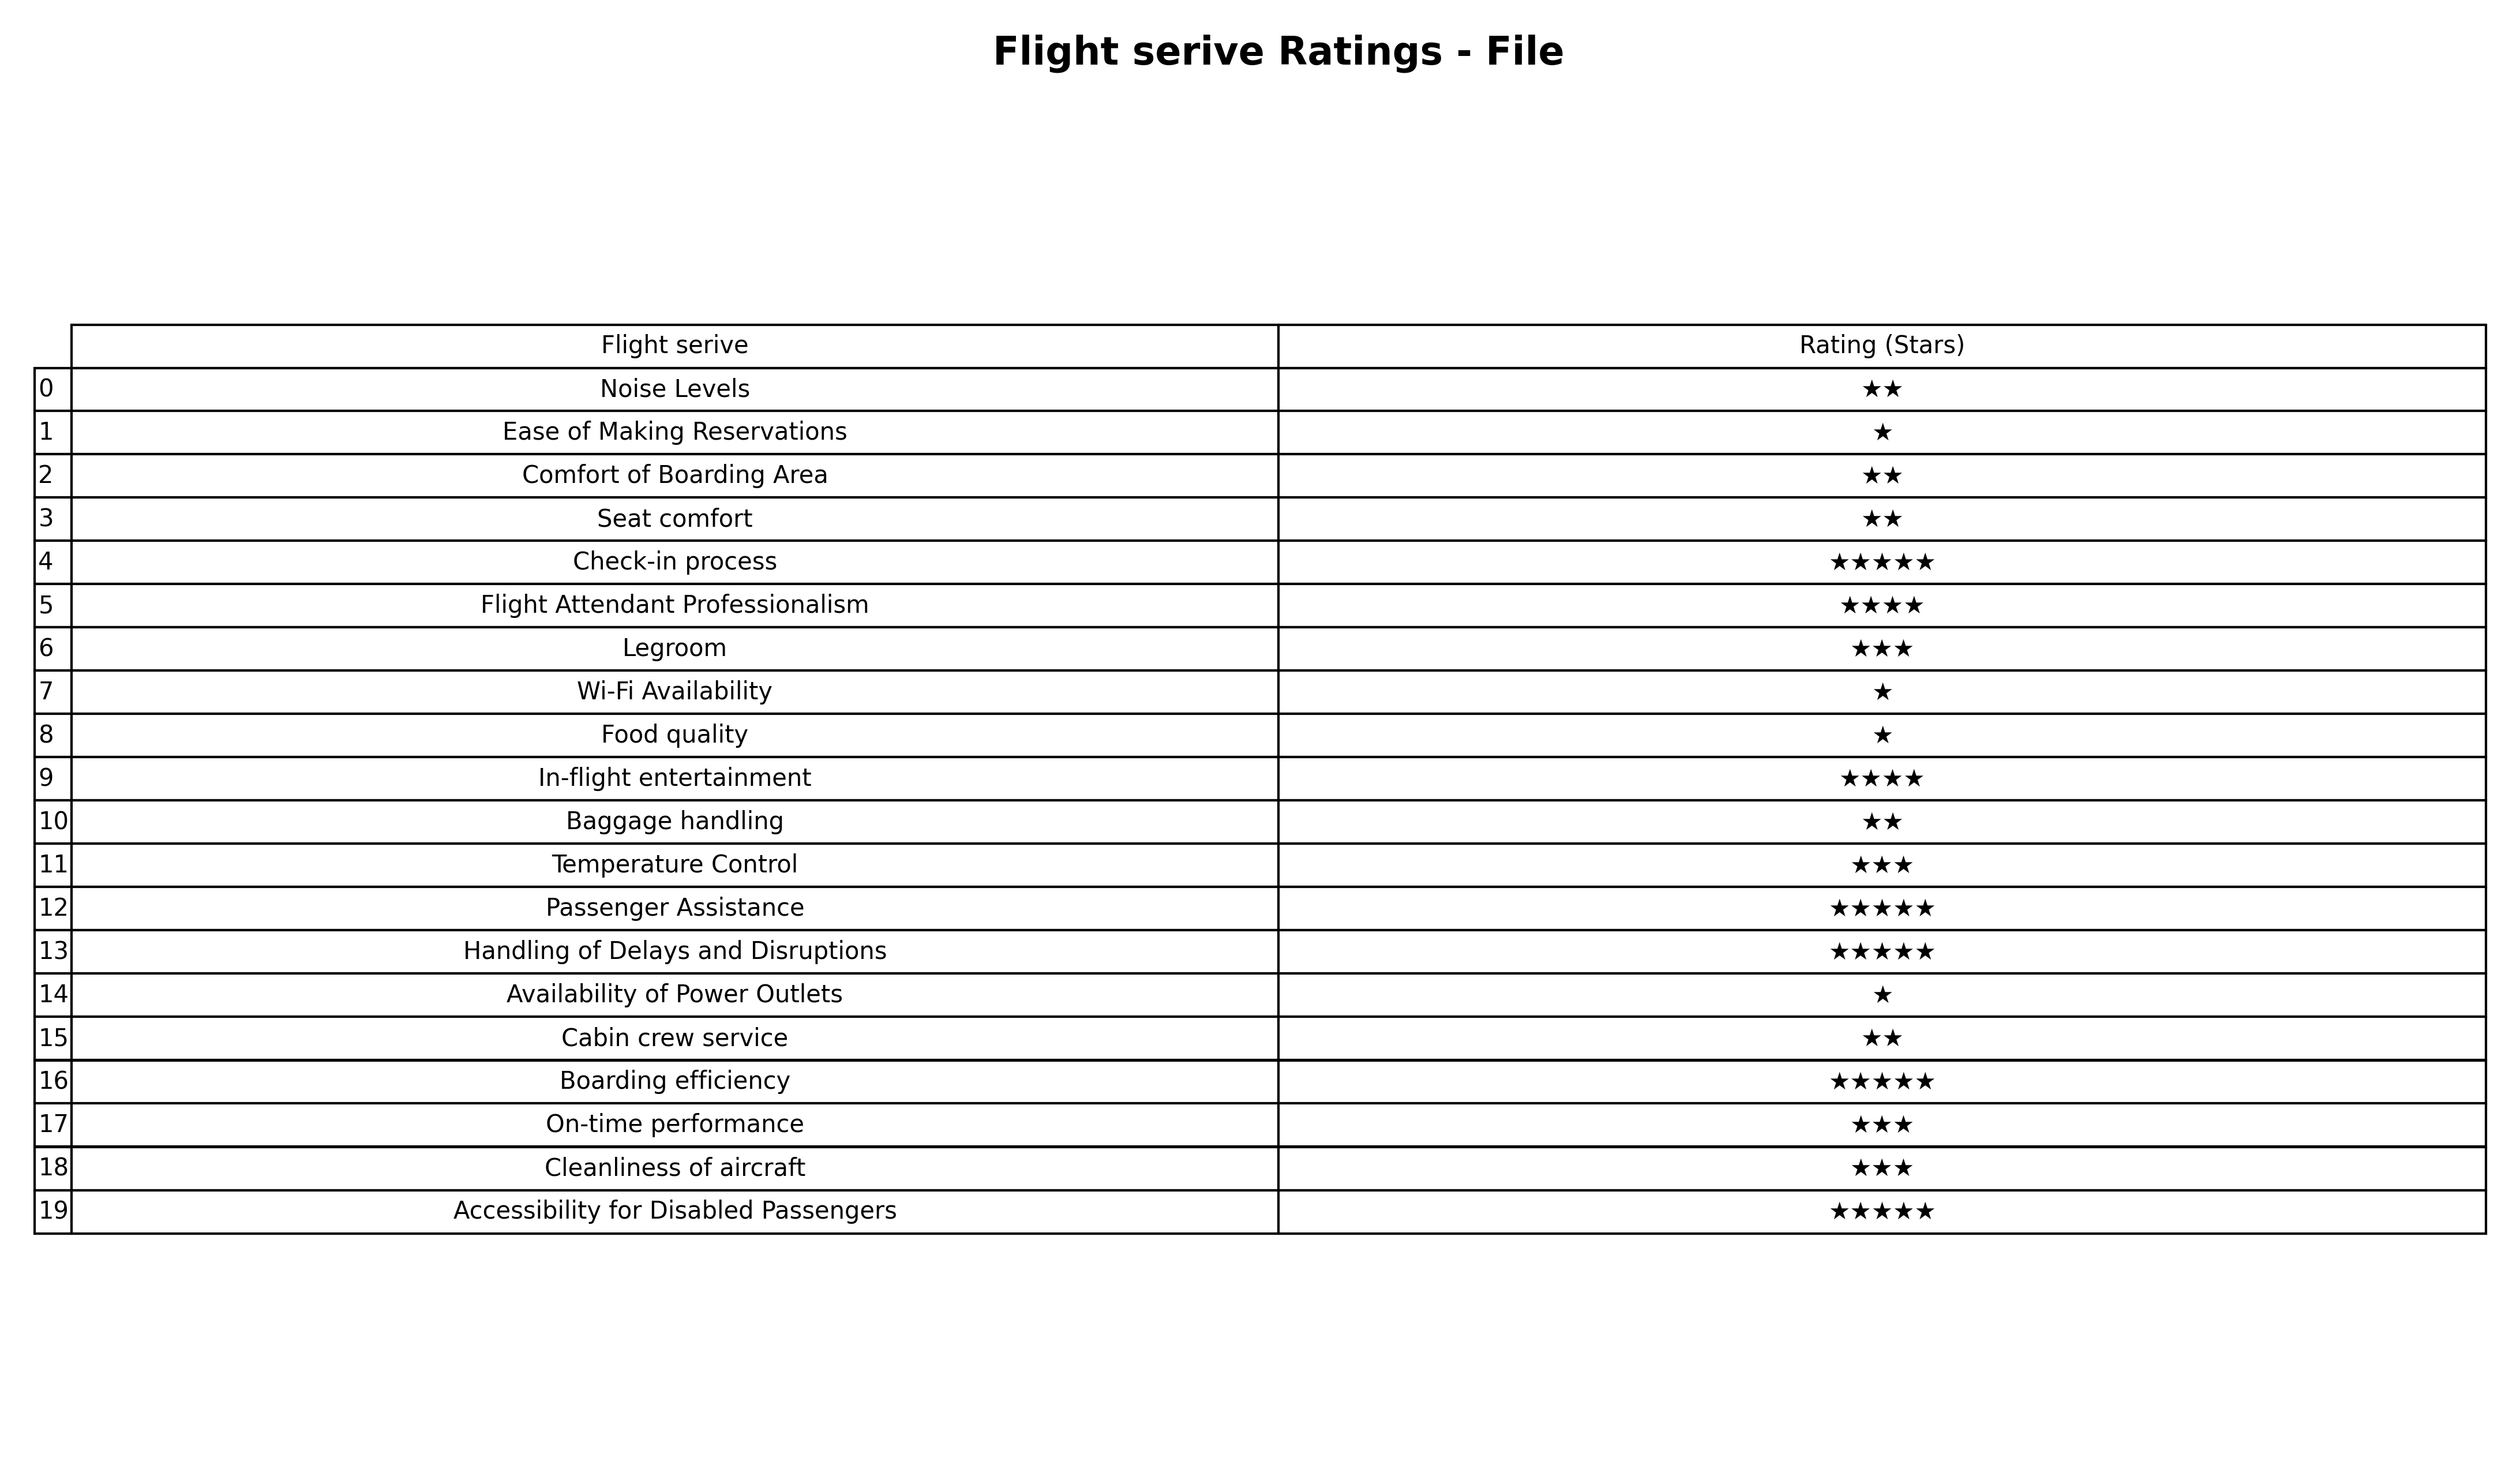
question: What are three star services?
answer: LegroomTemperature ControlOn-time performanceCleanliness of aircraft